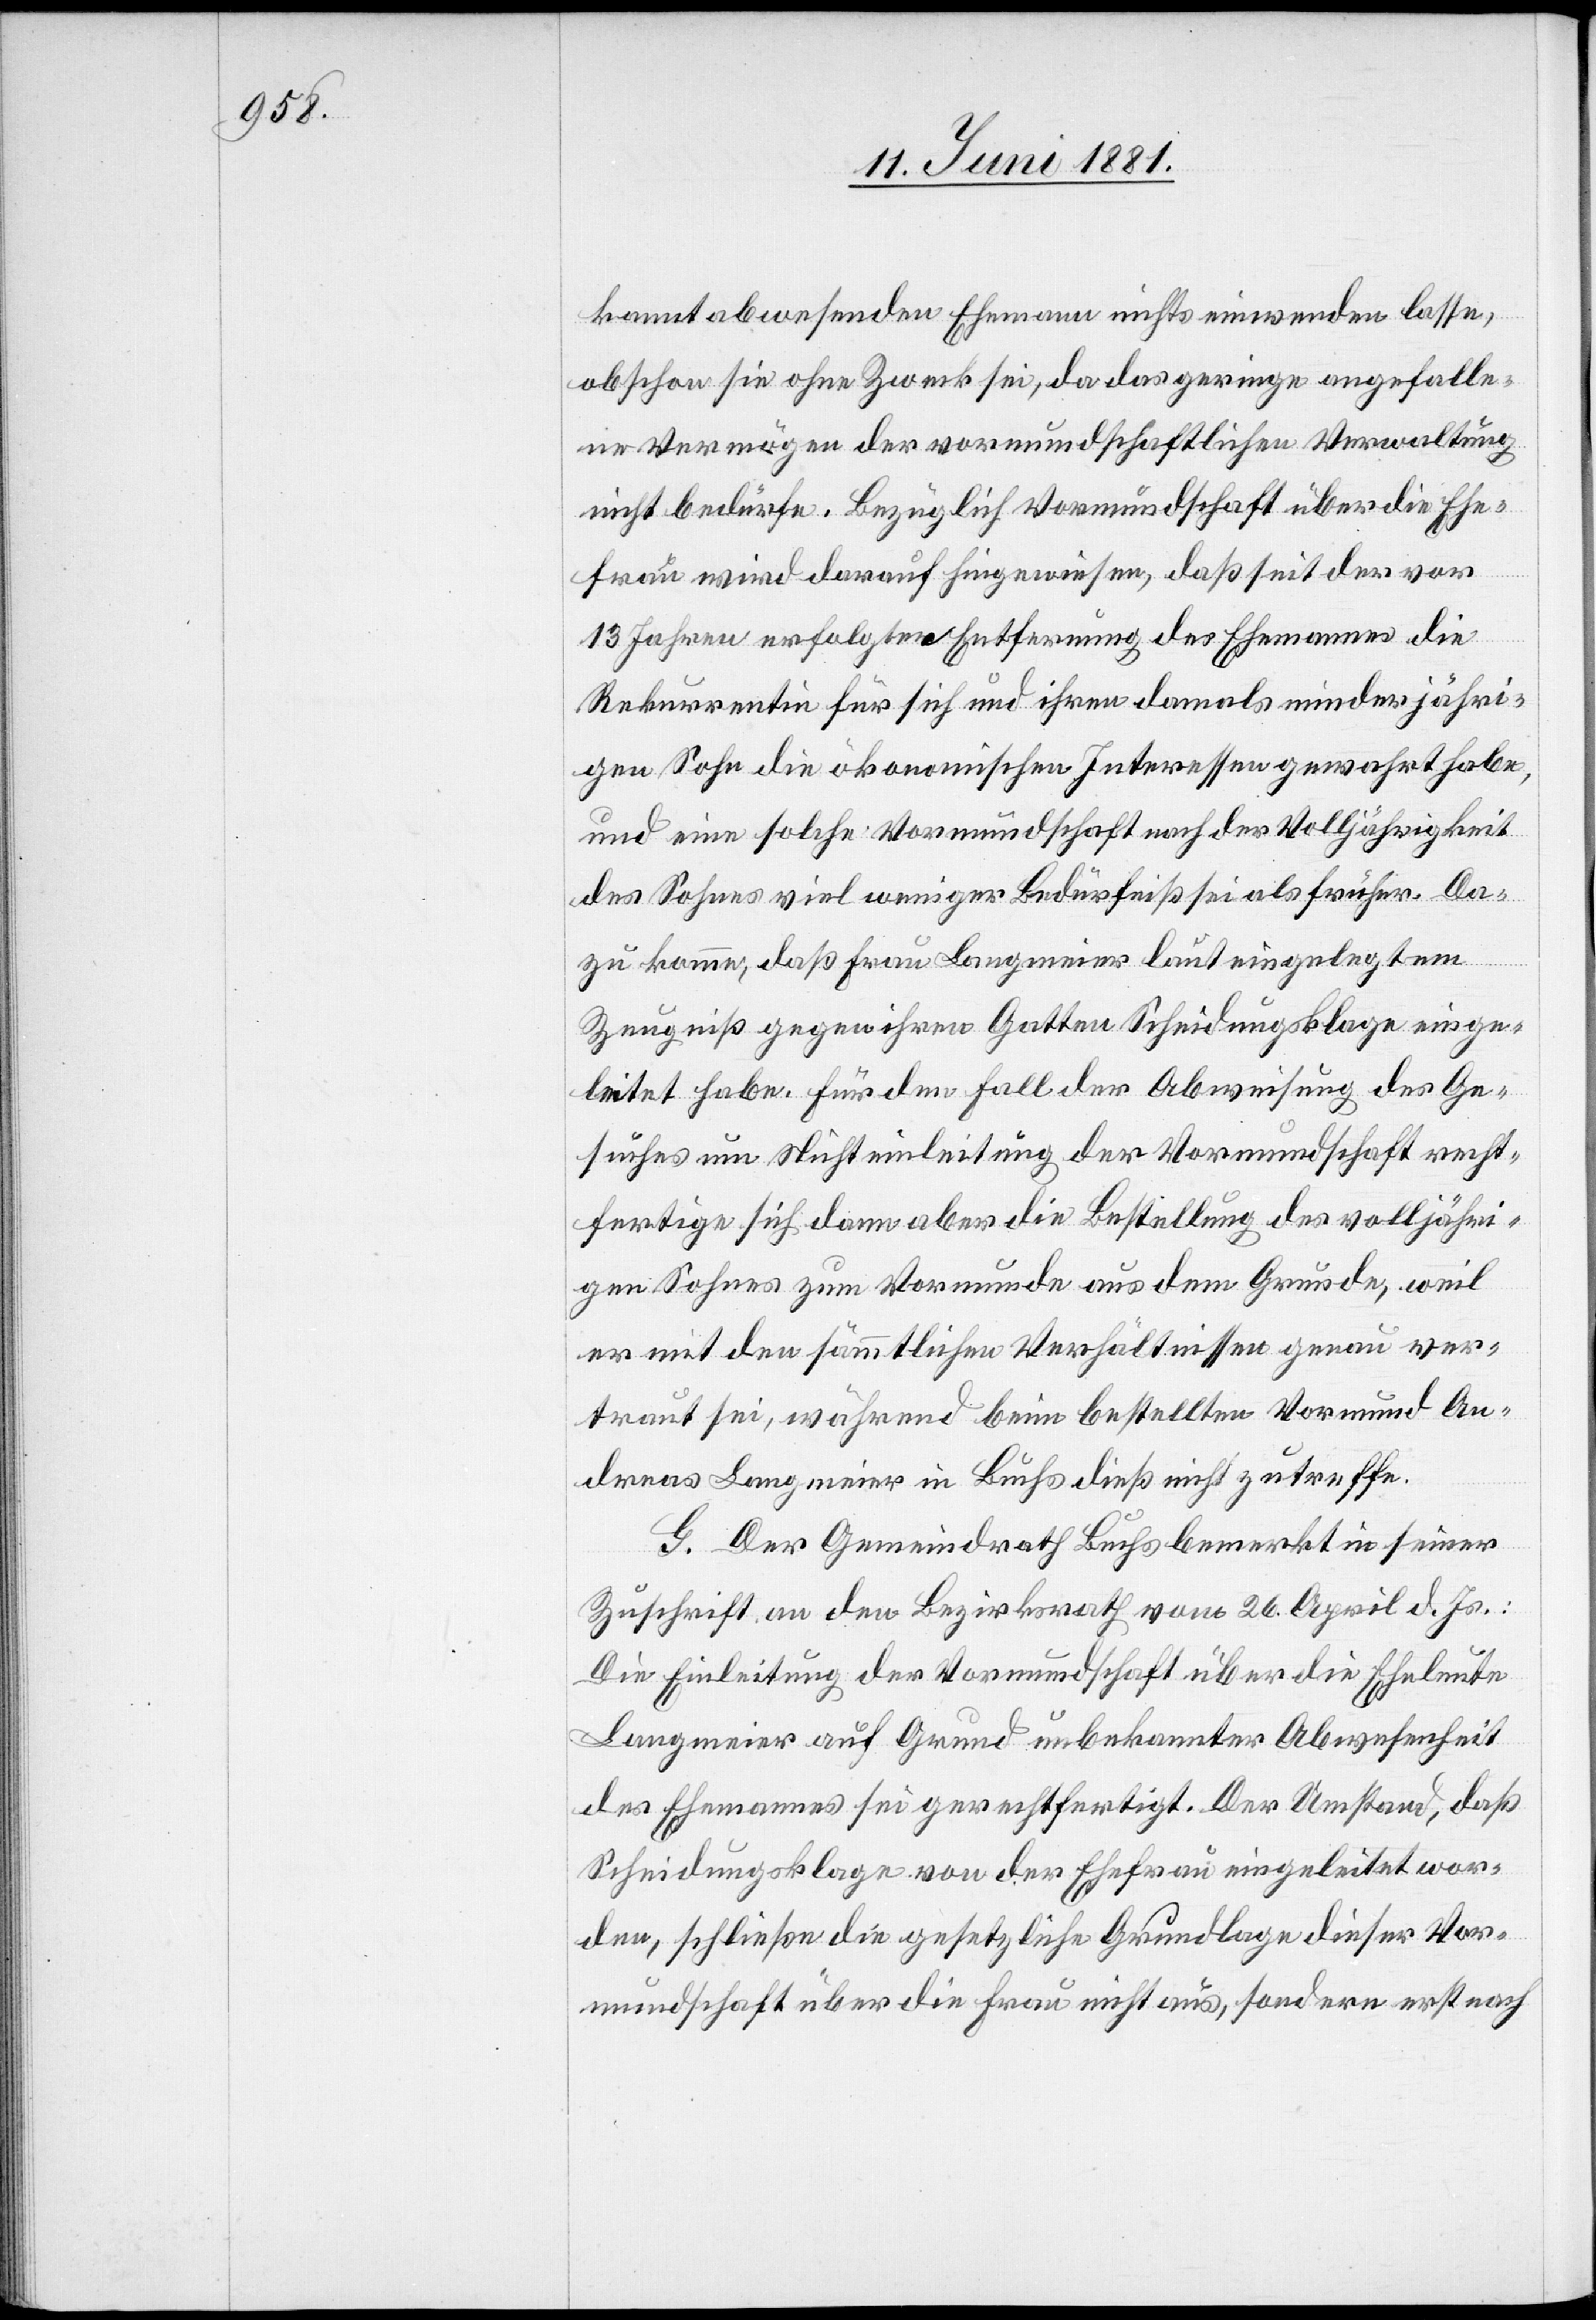
kannt abwesenden Ehemann nichts einwenden lasse,
obschon sie ohne Zweck sei, da das geringe angefalle¬
ne Vermögen der vormundschaftlichen Verwaltung
nicht bedürfe. Bezüglich Vormundschaft über die Ehe¬
frau wird darauf hingewiesen, daß seit der vor
13 Jahren erfolgten Entfernung des Ehemannes die
Rekurrentin für sich und ihren damals minderjähri¬
gen Sohn die ökonomischen Interessen gewahrt habe,
und eine solche Vormundschaft nach der Volljährigkeit
des Sohnes viel weniger Bedürfniß sei als früher. Da¬
zu komme, daß Frau Langmeier laut eingelegtem
Zeugniß gegen ihren Gatten Scheidungsklage einge¬
leitet habe. Für den Fall der Abweisung des Ge¬
suches um Nichteinleitung der Vormundschaft recht¬
fertige sich dann aber die Bestellung des volljähri¬
gen Sohnes zum Vormunde aus dem Grunde, weil
er mit den sämmtlichen Verhältnissen genau ver¬
traut sei, während beim bestellten Vormund An¬
dreas Langmeier in Buchs dieß nicht zutreffe.
G. Der Gemeindrath Buchs bemerkt in seiner
Zuschrift an den Bezirksrath vom 26. April d. Js.:
Die Einleitung der Vormundschaft über die Eheleute
Langmeier auf Grund unbekannter Abwesenheit
des Ehemannes sei gerechtfertigt. Der Umstand, daß
Scheidungsklage von der Ehefrau eingeleitet wor¬
den, schließe die gesetzliche Grundlage dieser Vor¬
mundschaft über die Frau nicht aus, sondern erst nach